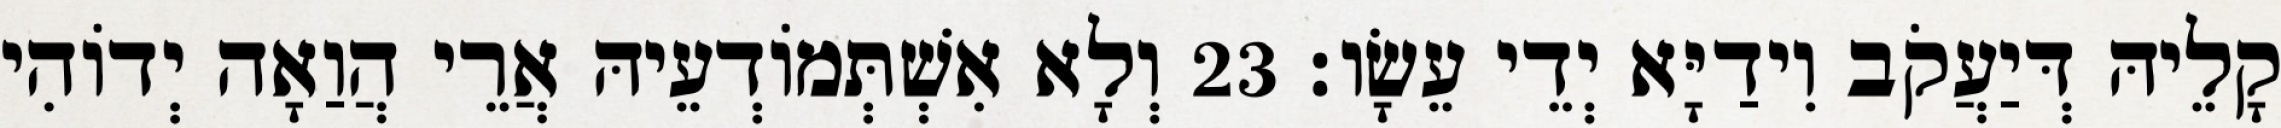
קָלֵיהּ דְּיַעֲקֹב וִידַיָּא יְדֵי עֵשָׂו׃ 23 וְלָא אִשְׁתְּמוֹדְעֵיהּ אֲרֵי הֲוַאָה יְדוֹהִי